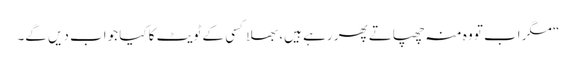
“ مگر اب تو وہ منہ چھپاتے پھر رہے ہیں، بھلا کسی کے ٹویٹ کا کیا جواب دیں گے۔